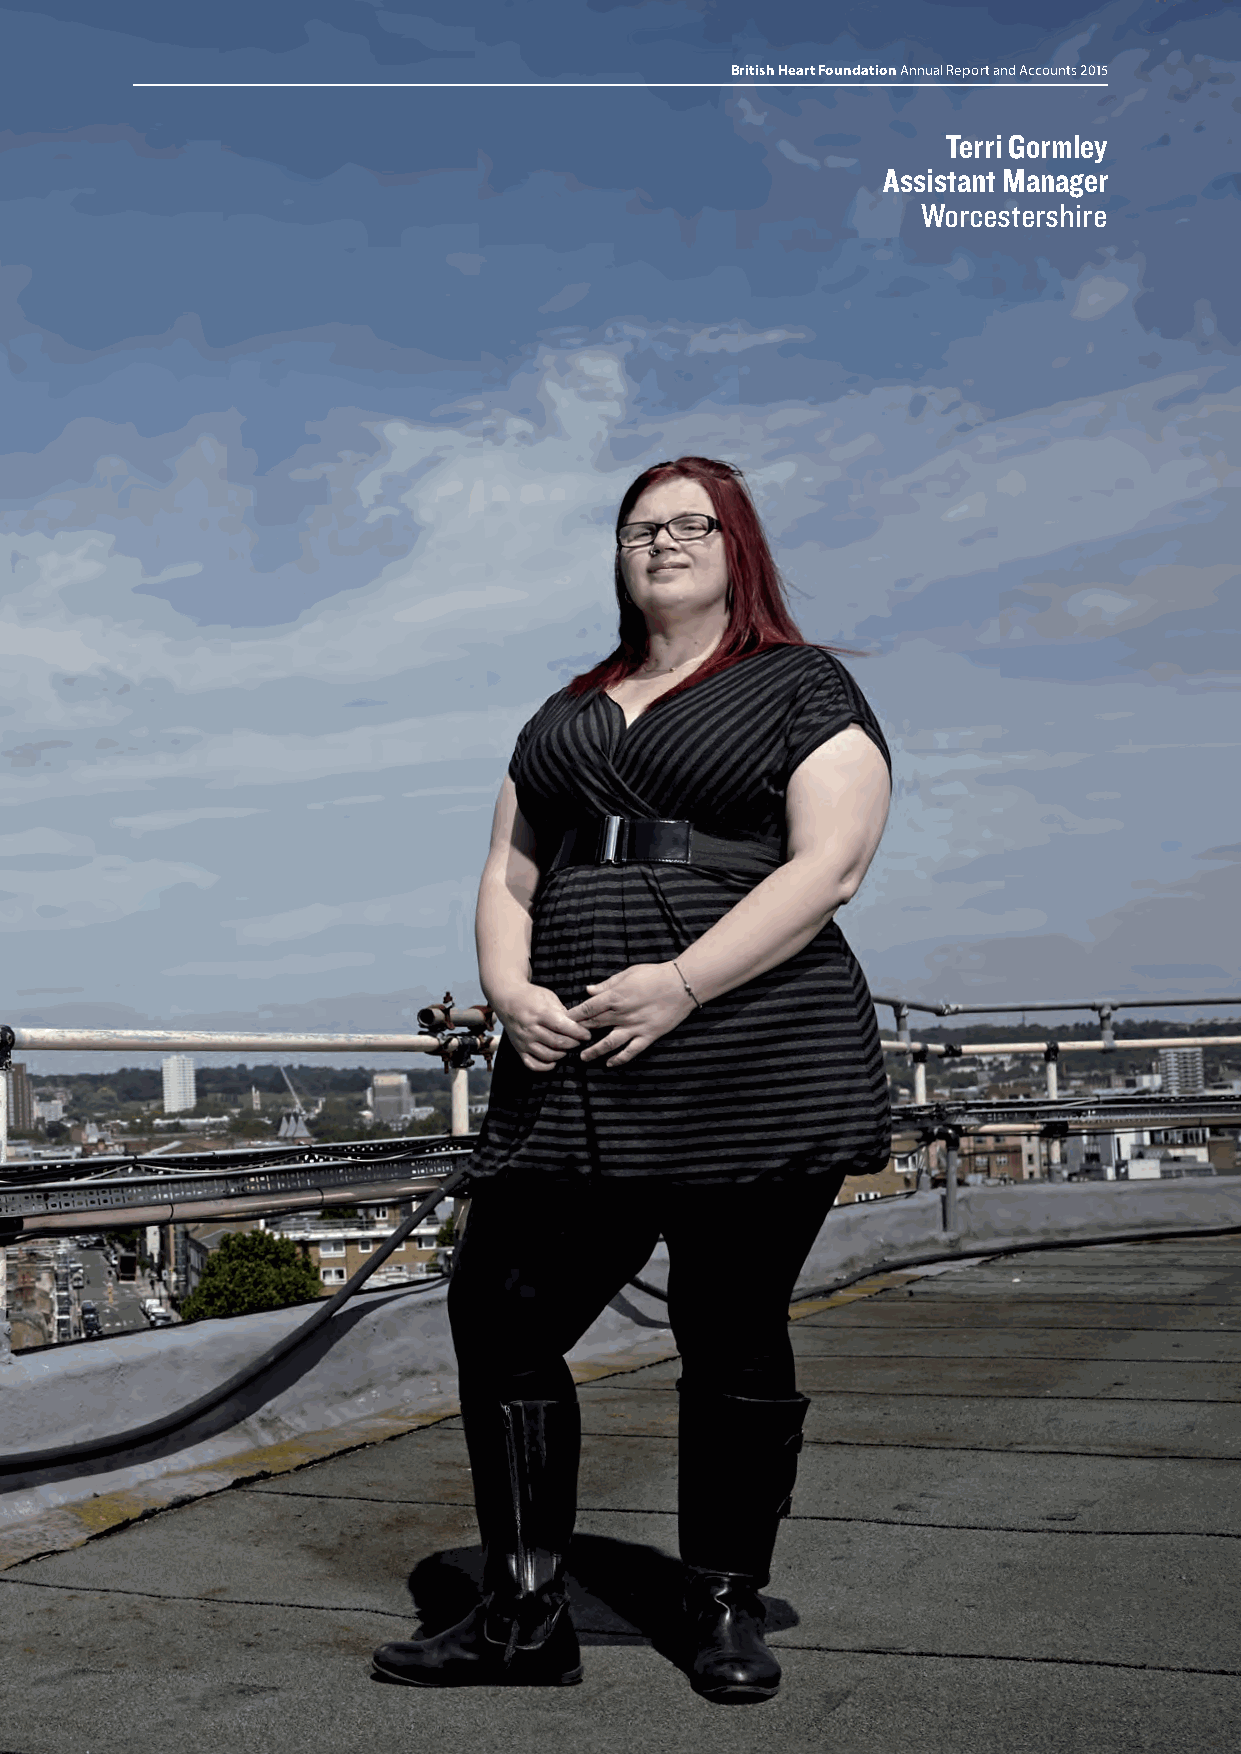
British Heart Foundation Annual Report and Accounts 2015
 Terri Gormley
 Assistant Manager
 Worcestershire